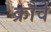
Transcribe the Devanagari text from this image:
क्रौवे